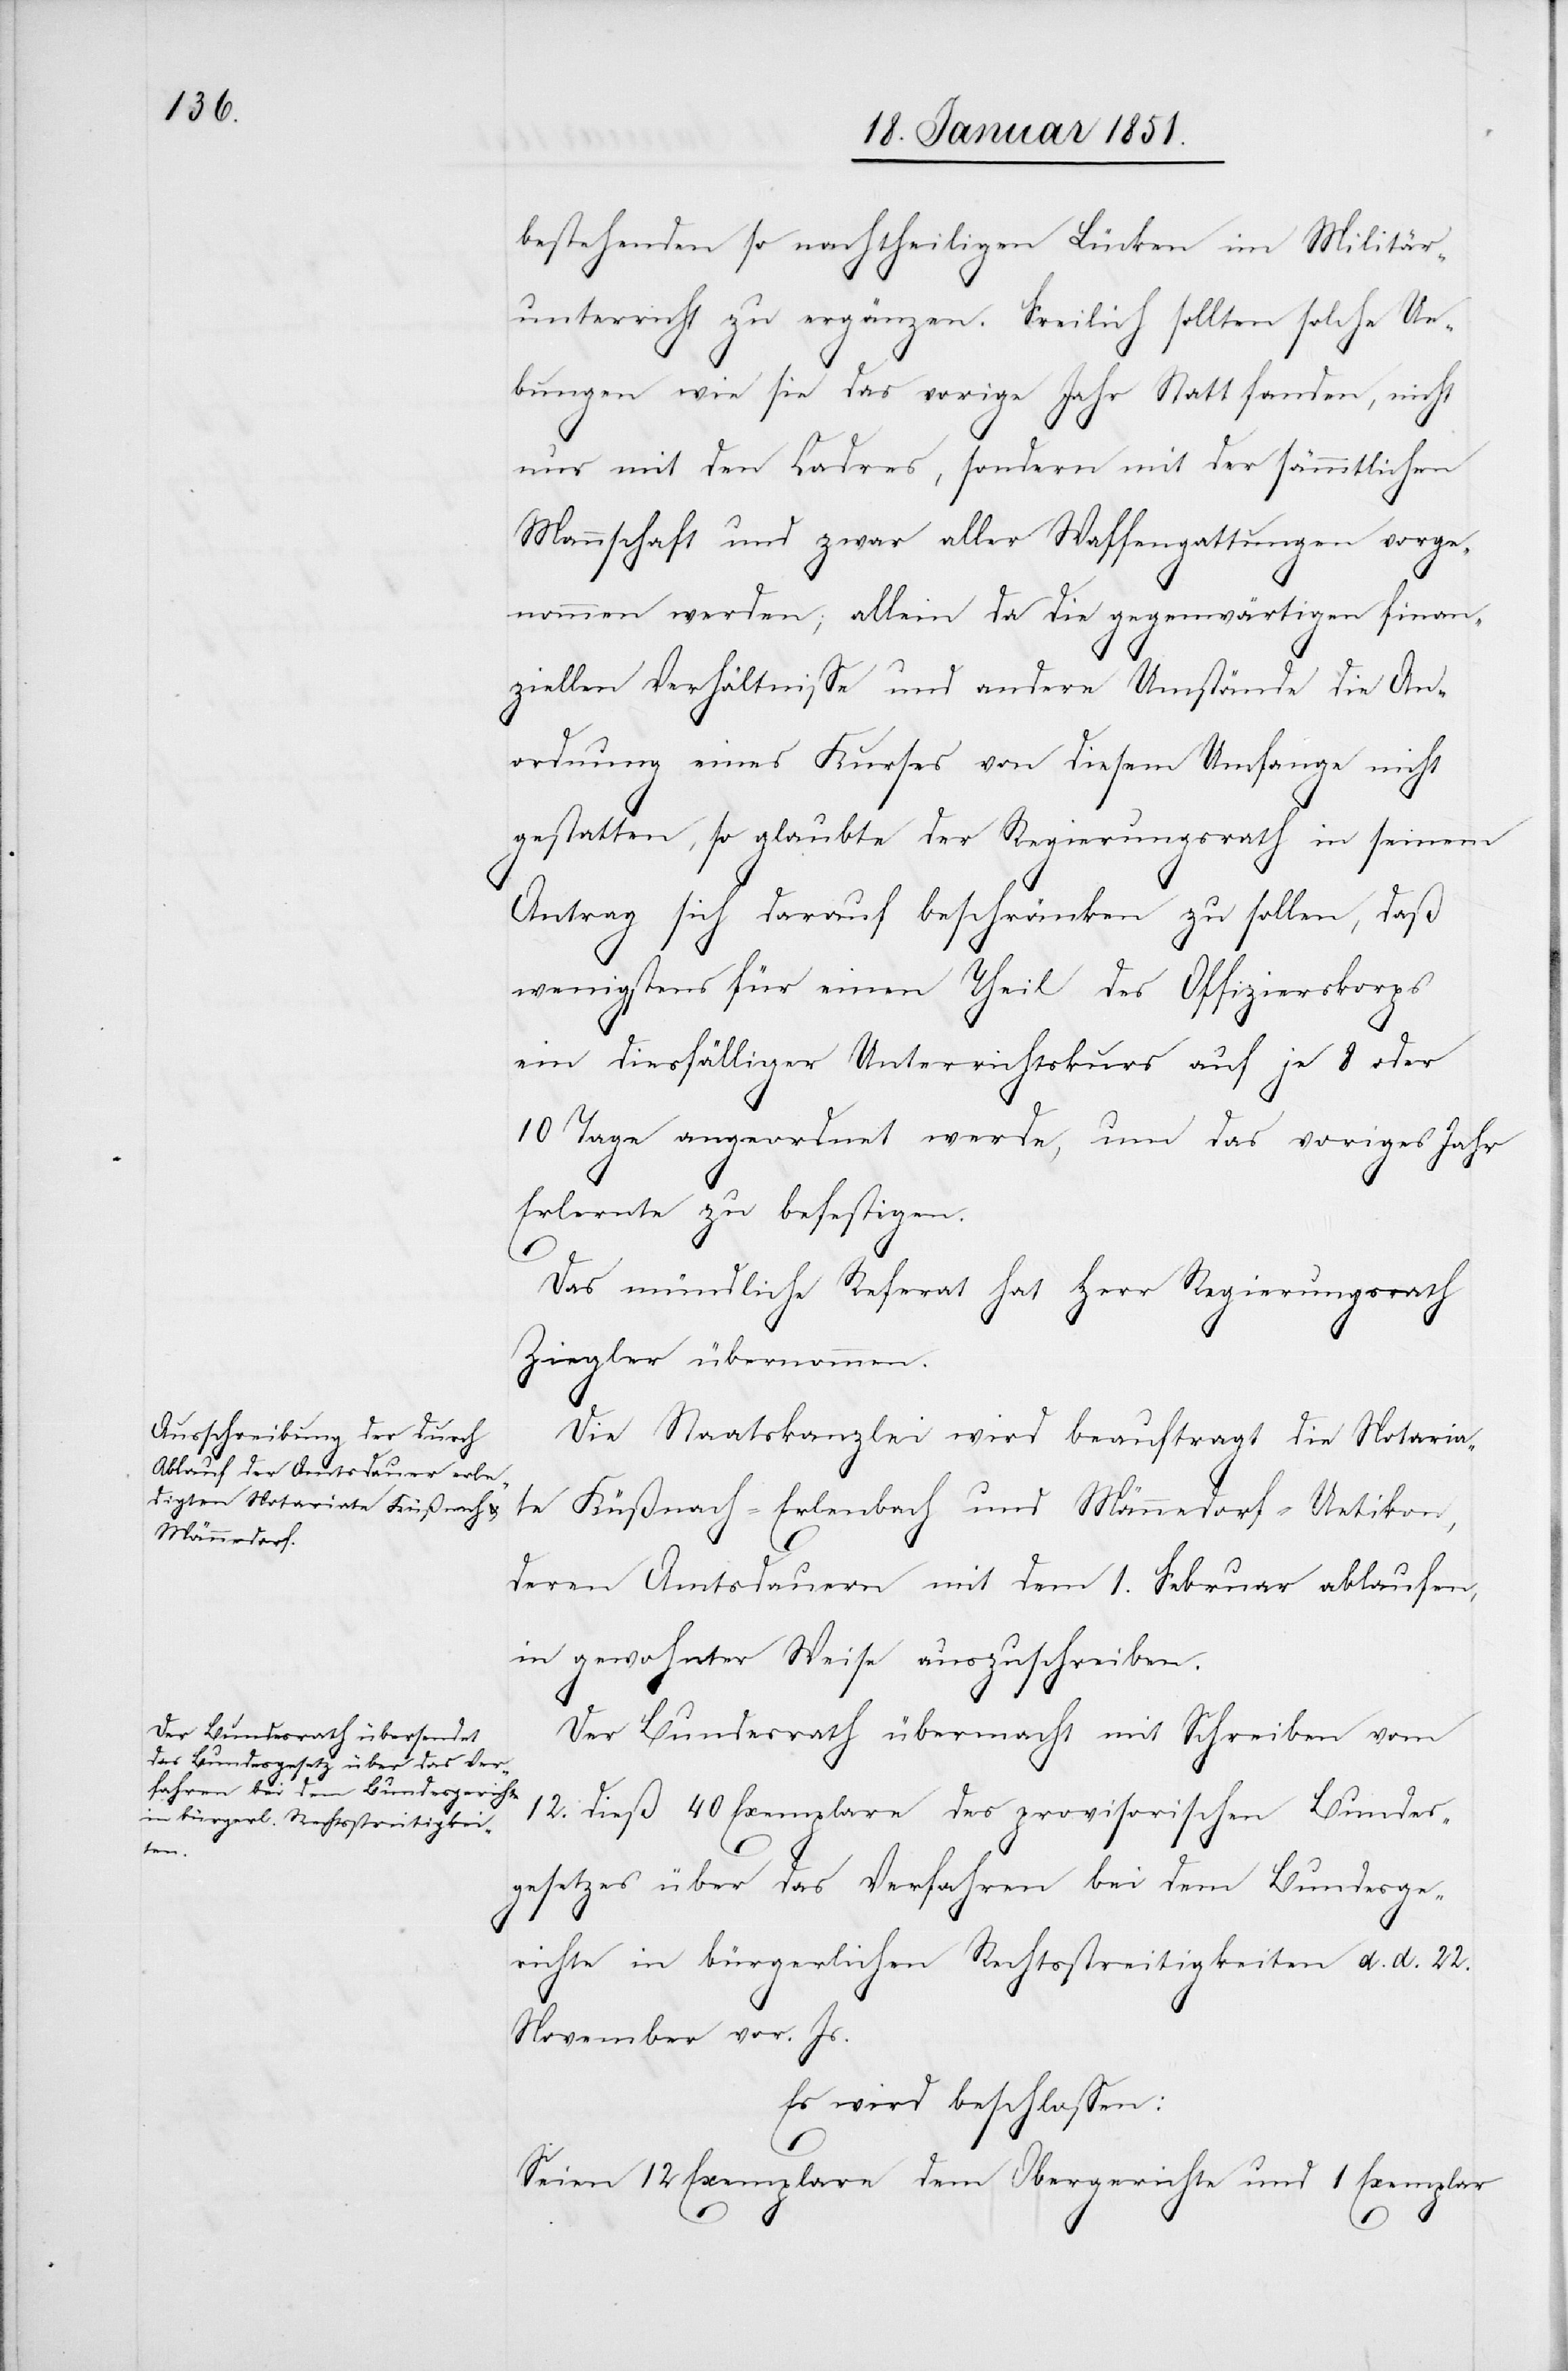
bestehenden so nachtheiligen Lücken im Militär¬
unterricht zu ergänzen. Freilich sollten solche Ue¬
bungen wie sie das vorige Jahr Statt fanden, nicht
nur mit den Cadres, sondern mit der sämmtlichen
Mannschaft und zwar aller Waffengattungen vorge¬
nommen werden; allein da die gegenwärtigen finan¬
ziellen Verhältnisse und andere Umstände die An¬
ordnung eines Kurses von diesem Umfange nicht
gestatten, so glaubte der Regierungsrath in seinem
Antrag sich darauf beschränken zu sollen, daß
wenigstens für einen Theil des Offizierskorps
ein diesfälliger Unterrichtskurs auf je 8 oder
10 Tage angeordnet werde, um das voriges Jahr
Erlernte zu befestigen.
Das mündliche Referat hat Herr Regierungsrath
Ziegler übernommen.
Die Staatskanzlei wird beauftragt die Notaria¬
te Küßnach[t]-Erlenbach und Männedorf-Uetikon,
deren Amtsdauern mit dem 1. Februar ablaufen,
in gewohnter Weise auszuschreiben.
Der Bundesrath übermacht mit Schreiben vom
12. dieß 40 Exemplare des provisorischen Bundes¬
gesetzes über das Verfahren bei dem Bundesge¬
richte in bürgerlichen Rechtsstreitigkeiten d. d. 22.
November vor. Js.
Es wird beschlossen:
Seien 12 Exemplare dem Obergerichte und 1 Exemplar